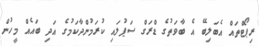
ރިޕޯޓްތައް އެބަލިބޭ އެ ބާވަތުގެ ޑްރަގް ސަޕުލައި ކުރަމުންދާކަމުގެ އަދި ބައެއް މީހުން